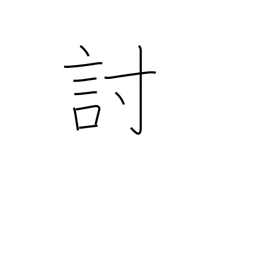
Meaning: defeat